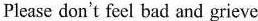
Please don't feel bad and grieve